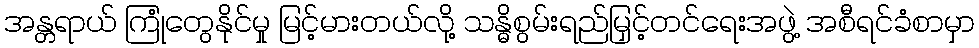
အန္တရာယ် ကြုံတွေနိုင်မှု မြင့်မားတယ်လို့ သန္ဓိစွမ်းရည်မြှင့်တင်ရေးအဖွဲ့ အစီရင်ခံစာမှာ